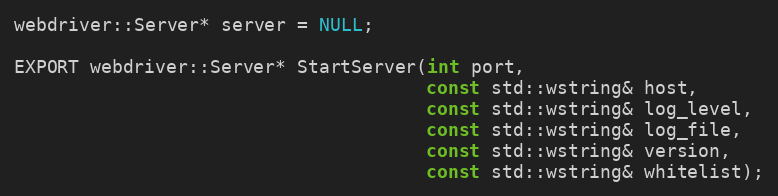
Language: C
webdriver::Server* server = NULL;

EXPORT webdriver::Server* StartServer(int port,
                                      const std::wstring& host,
                                      const std::wstring& log_level,
                                      const std::wstring& log_file,
                                      const std::wstring& version,
                                      const std::wstring& whitelist);